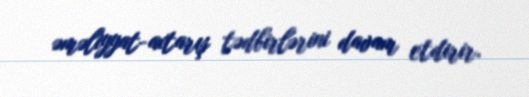
əməliyyat-axtarış tədbirlərini davam etdirir.